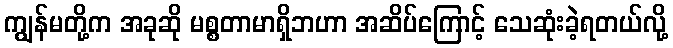
ကျွန်မတို့က အခုဆို မစ္စတာမာရှိဘဟာ အဆိပ်ကြောင့် သေဆုံးခဲ့ရတယ်လို့